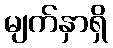
မျက်နှာရှိ